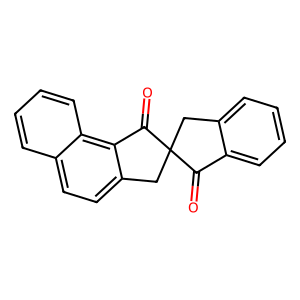
SMILES: O=C1c2ccccc2CC12Cc1ccc3ccccc3c1C2=O
Inhibits HIV replication: No